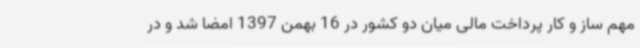
مهم ساز و کار پرداخت مالی میان دو کشور در 16 بهمن 1397 امضا شد و در